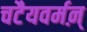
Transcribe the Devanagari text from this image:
चटैयवर्मऩ्